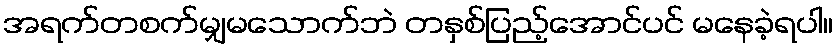
အရက်တစက်မျှမသောက်ဘဲ တနှစ်ပြည့်အောင်ပင် မနေခဲ့ရပါ။